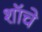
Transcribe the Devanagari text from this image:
शॉचे